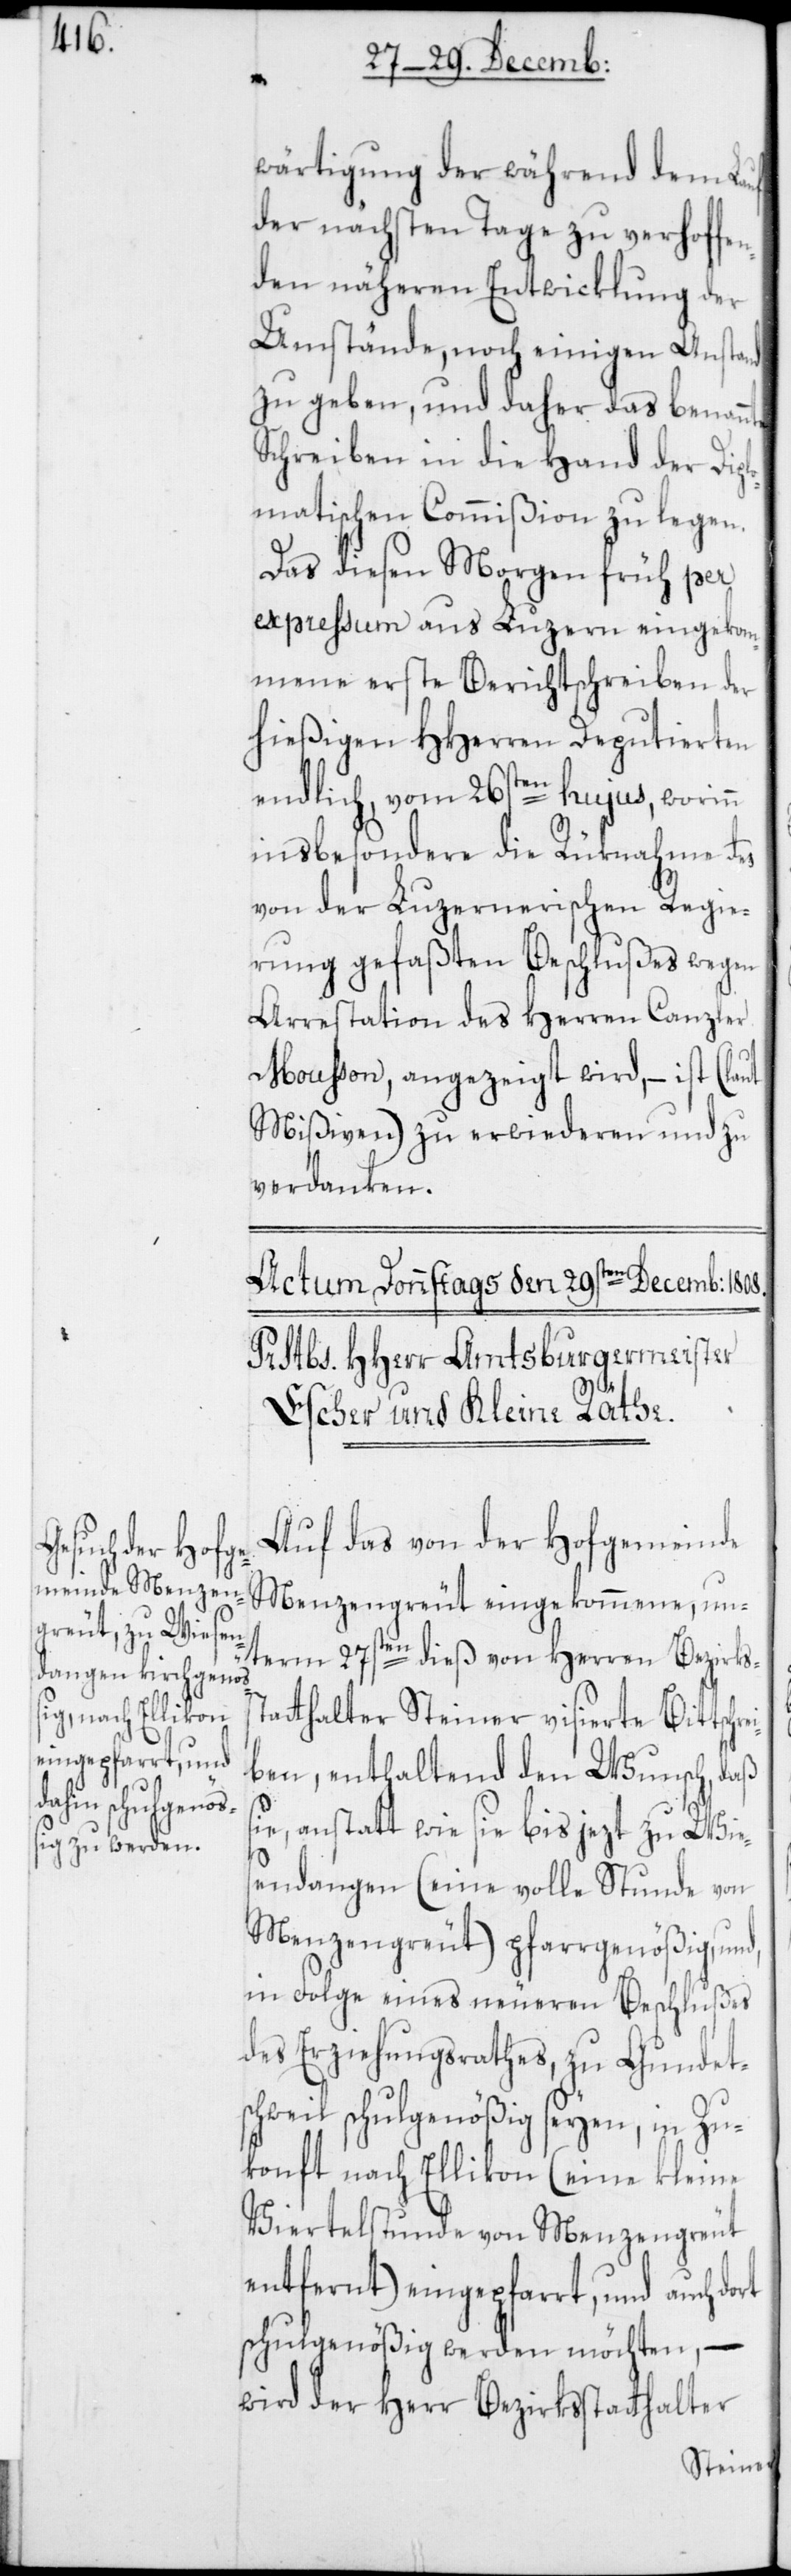
wärtigung der während dem Lauf
der nächsten Tage zu verhoffen¬
den näheren Entwicklung der
Umstände, noch einigen Anstand
zu geben, und daher das benannte
Schreiben in die Hand der Dipl¬
omatischen Commißion zu legen.
Das diesen Morgen früh per
expressum aus Luzern eingekom¬
mene erste Berichtschreiben der
hießigen HHerren Deputierten
endlich, vom 26sten hujus, worinn
insbesondere die Rüknahme des
von der Luzernerischen Regie¬
rung gefaßten Beschlußes wegen
Arrestation des Herren Canzler
Mousson, angezeigt wird, – ist (laut
Mißiven) zu erwiederen und zu
verdanken.
Auf das von der Hofgemeinde
Menzengreut eingekommene, un¬
term 27sten dieß von Herren Bezirkss¬
tatthalter Steiner visierte Bittschre¬
iben, enthaltend den Wunsch, daß
sie, anstatt wie sie bis jezt zu Wie¬
sendangen (eine volle Stunde von
Menzengreut) pfarrgenößig, und,
in Folge eines neueren Beschlußes
des Erziehungsrathes, zu Gundet¬
schweil schulgenößig seyen, in Zu¬
konft nach Ellikon (eine kleine
Viertelstunde von Menzengreut
entfernt) eingepfarrt, und auch dort
schulgenößig werden möchten, –
wird der Herr Bezirksstatthalter